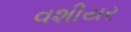
વશીયર